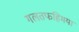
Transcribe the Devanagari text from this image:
गलतफहिमयां